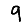
Digit: 9